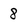
Character: 8